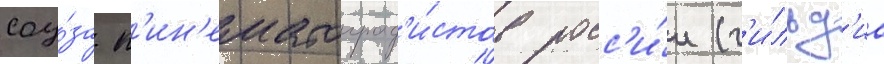
соу́за к'ин'ематограф'и́стов росс'и́и (г'и́льд'иа